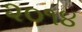
૨૦૧૪